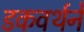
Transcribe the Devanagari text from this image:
डकवर्थने